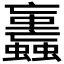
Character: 𧕕